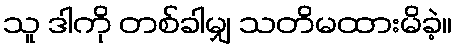
သူ ဒါကို တစ်ခါမျှ သတိမထားမိခဲ့။